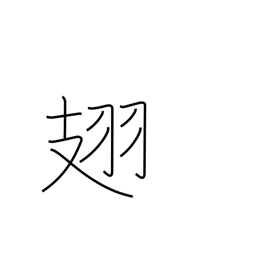
Meaning: (insect) wings